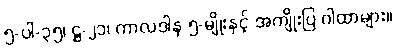
၅-ပါ-၃၅၊ ဋ္ဌ-၂၁၊ ကာလဒါန ၅-မျိုးနှင့် အကျိုးပြ ဂါထာများ။